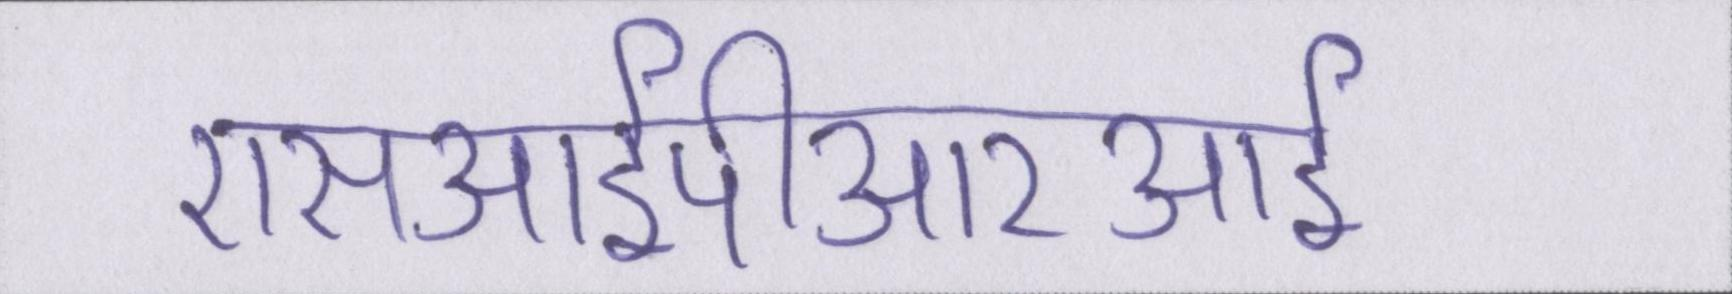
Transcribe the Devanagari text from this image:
एसआईपीआरआई